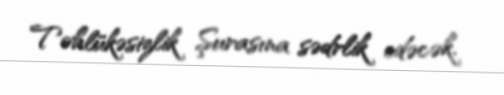
Təhlükəsizlik Şurasına sədrlik edəcək.